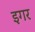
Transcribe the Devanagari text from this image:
इगर